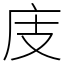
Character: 庋